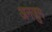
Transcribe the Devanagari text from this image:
अनजुम